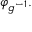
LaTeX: \varphi _ { g ^ { - 1 } } .